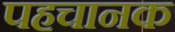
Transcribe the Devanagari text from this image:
पहचानक